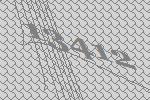
13412